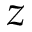
z